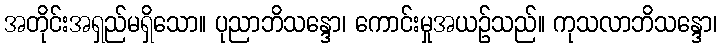
အတိုင်းအရှည်မရှိသော။ ပုညာဘိသန္ဒော၊ ကောင်းမှုအယဉ်သည်။ ကုသလာဘိသန္ဒော၊